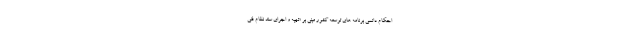
احکام دائمی برنامه های توسعه کشور مبنی بر «تهیه و اجرای سند نظام فنی